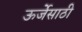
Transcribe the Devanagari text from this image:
ऊर्जेसाठी